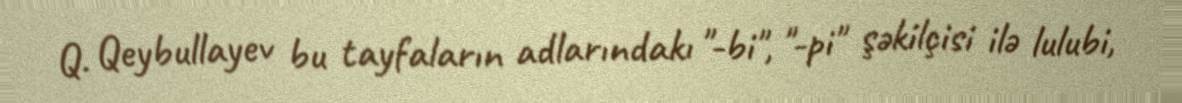
Q. Qeybullayev bu tayfaların adlarındakı "-bi", "-pi" şəkilçisi ilə lulubi,